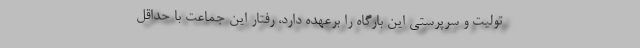
تولیت و سرپرستی این بارگاه را برعهده دارد، رفتار این جماعت با حداقل